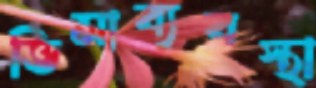
ভিসাব্যবস্থা